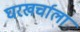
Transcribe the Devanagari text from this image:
घरखर्चाला